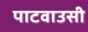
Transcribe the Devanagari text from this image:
पाटवाउसी